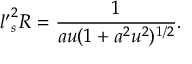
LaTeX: { l ^ { \prime } } _ { s } ^ { 2 } R = \frac { 1 } { a u ( 1 + a ^ { 2 } u ^ { 2 } ) ^ { 1 / 2 } } .